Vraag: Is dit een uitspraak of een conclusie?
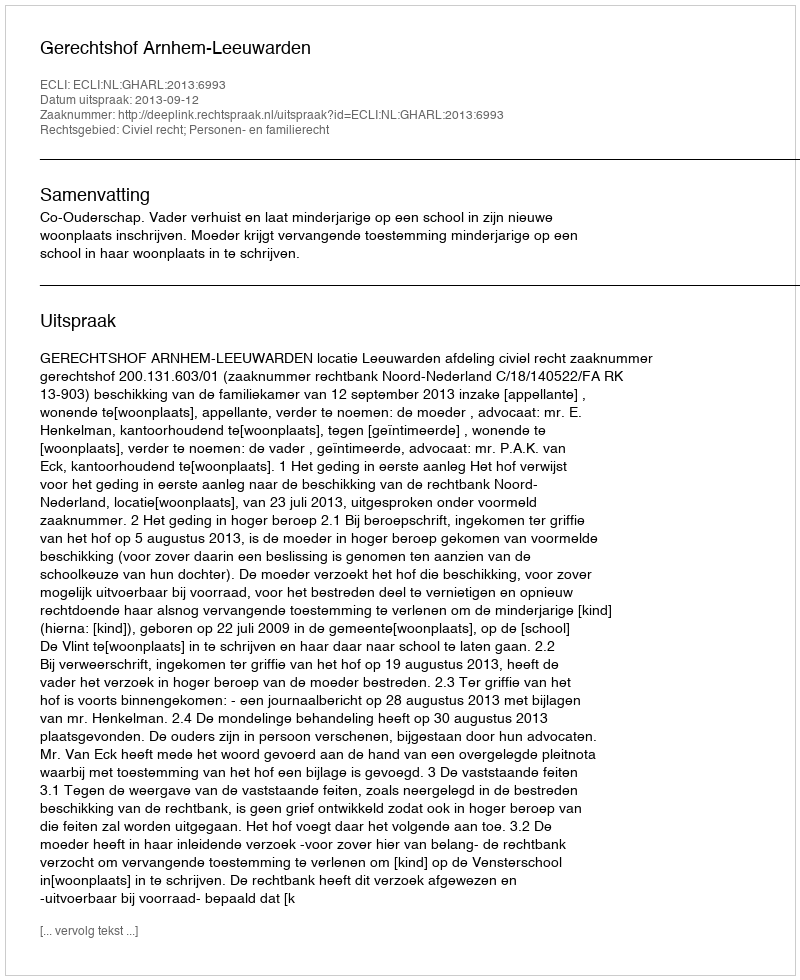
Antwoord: Uitspraak